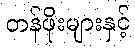
တန်ဖိုးများနှင့်